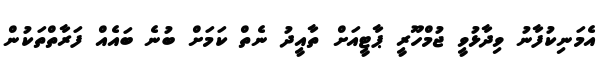
އެމަނިކުފާނު ވިދާޅުވީ ޖުމްހޫރީ ޕާޓީއަށް ތާއީދު ނެތް ކަމަށް ބުނެ ބައެއް ފަރާތްތަކުން